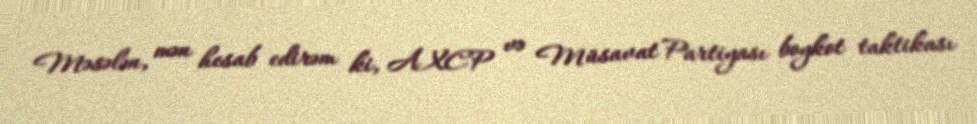
Məsələn, mən hesab edirəm ki, AXCP və Müsavat Partiyası boykot taktikası